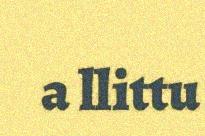
a llittu